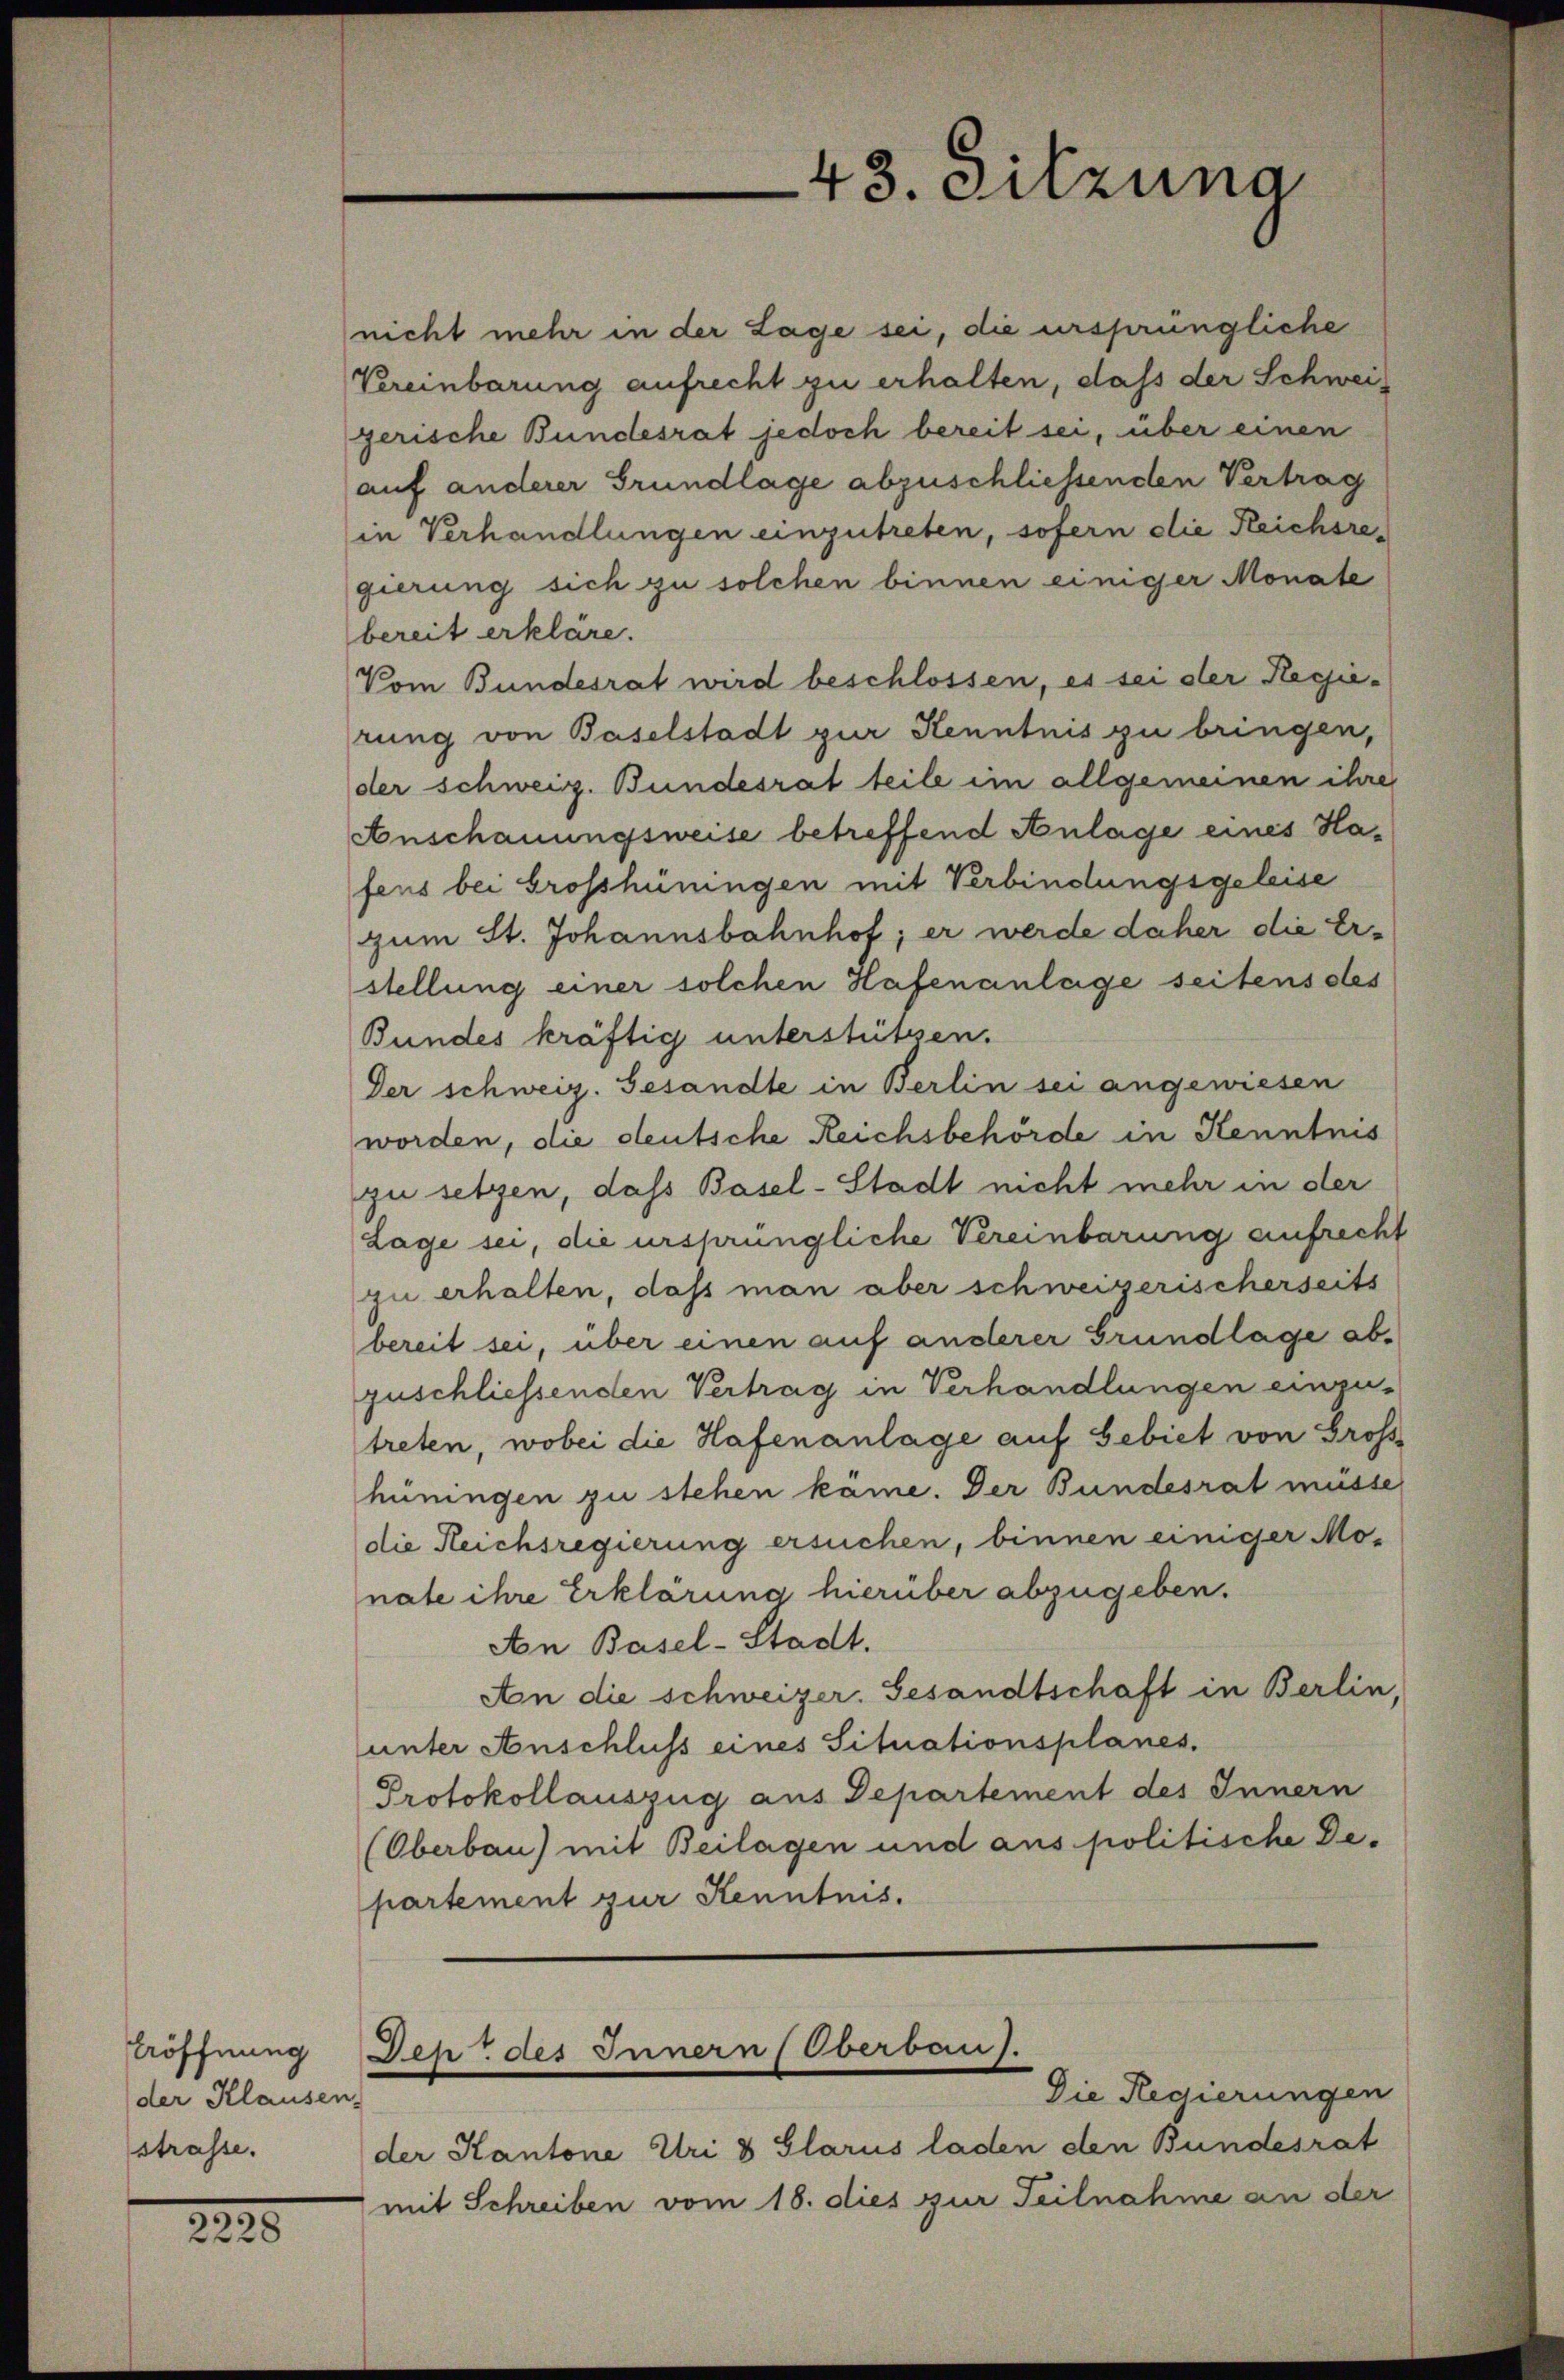
Eröffnung
der Klausen,
strasse.

2225

43. Sitzung

nicht mehr in der Lage sei, die ursprüngliche
Vereinbarung aufrecht zu erhalten, dass der Schweigerische Bundesrat jedoch bereit sei, über einen
auf anderer Grundlage abzuschliessenden Vertrag
in Verhandlungen einzutreten, sofern die Feichsregierung sich zu solchen binnen einiger Monate
bereit erkläre.
Vom Bundesrat wird beschlossen, es sei der Hegie-
rung von Baselstadt zur Kenntnis zu bringen,
der schweiz. Bundesrat teile im allgemeinen ihre
Anschauungsweise betreffend Anlage eines Hafens bei Grosshüringen mit Verbindungsgeleise
zum St. Johannsbahnhof; er werde daher die Erstellung einer solchen Hafenanlage seitens des
Bundes kräftig unterstützen.
Der schweiz. Gesandte in Berlin sei angewiesen
worden, die deutsche Reichsbehörde in Kenntnis
zu setzen, dass Basel-Stadt nicht mehr in der
Lage sei, die ursprüngliche Vereinbarung aufrecht
zu erhalten, daß man aber schweizerischerseits
bereit sei, über einen auf anderer Grundlage abzuschliessenden Vertrag in Verhandlungen einzu-
treten, wobei die Hafenanlage auf Gebiet von Gross
hüningen zu stehen kame. Der Bundesrat müsse
die Reichsregierung ersuchen, binnen einiger Mo-
nate ihre Erklärung hierüber abzugeben.
Aon Basel-Stadt.
An die schweizer. Gesandtschaft in Berlin,
unter Anschluss eines Situationsplanes.
Protokollauszug aus Departement des Innern
(Oberbau) mit Beilagen und aus politische Departement zur Kenntnis.

Den des Innern Oberbau).
Die Regierungen

der Kantone Uri & Glarus laden den Bundesrat
mit Schreiben vom 18. dies zur Teilnahme an der